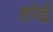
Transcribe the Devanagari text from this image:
हपेई